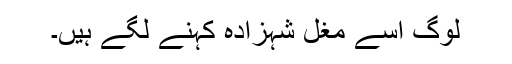
لوگ اسے مغل شہزادہ کہنے لگے ہیں۔